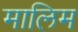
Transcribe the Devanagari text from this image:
मालिम